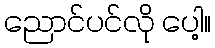
ညောင်ပင်လို ပေါ့။